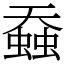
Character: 䗞